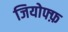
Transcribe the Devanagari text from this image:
जियोफ्फ़